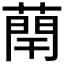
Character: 𫉑